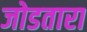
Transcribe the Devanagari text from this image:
जोडतारा